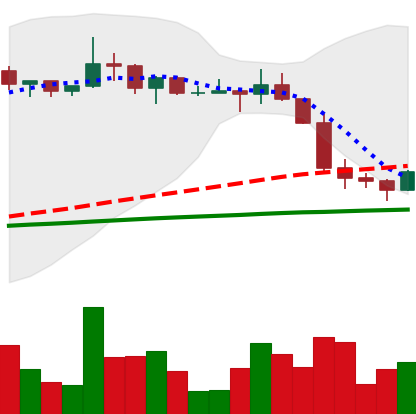
Ticker: LTC-USD
Chart end date: 2022-12-20
Forward return: 5.262%
Label: up_5_7